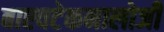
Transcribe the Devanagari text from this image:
बाएवटेकनालोजी